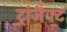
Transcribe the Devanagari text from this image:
ट्रांजैक्ट